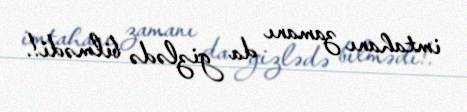
imtahanı zamanı da gizlədə bilmədi!.